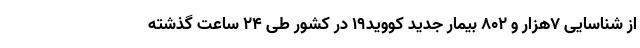
از شناسایی ۷هزار و ۸۰۲ بیمار جدید کووید۱۹ در کشور طی ۲۴ ساعت گذشته